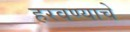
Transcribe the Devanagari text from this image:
हरवण्याचे